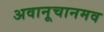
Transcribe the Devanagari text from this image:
अवानूचानमव